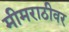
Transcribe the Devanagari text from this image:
मीमराठीवर